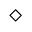
\diamond